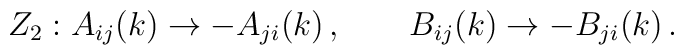
Z_2 :A_{ij}(k)\rightarrow -A_{ji}(k)\,, \qquad      B_{ij}(k)\rightarrow -B_{ji}(k)\,.